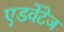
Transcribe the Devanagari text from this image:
एडवेंटेज